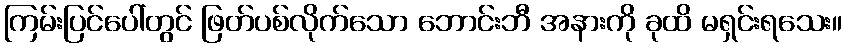
ကြမ်းပြင်ပေါ်တွင် ဖြတ်ပစ်လိုက်သော ဘောင်းဘီ အနားကို ခုထိ မရှင်းရသေး။